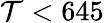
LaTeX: \mathcal{T}<645